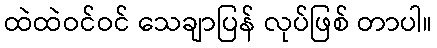
ထဲထဲဝင်ဝင် သေချာပြန် လုပ်ဖြစ် တာပါ။